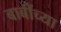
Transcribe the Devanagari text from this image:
बाबींच्‍या